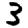
Digit: 3